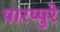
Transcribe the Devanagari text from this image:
पारप्पुरे